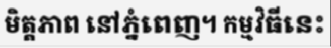
មិត្តភាព នៅភ្នំពេញ។ កម្មវិធីនេះ